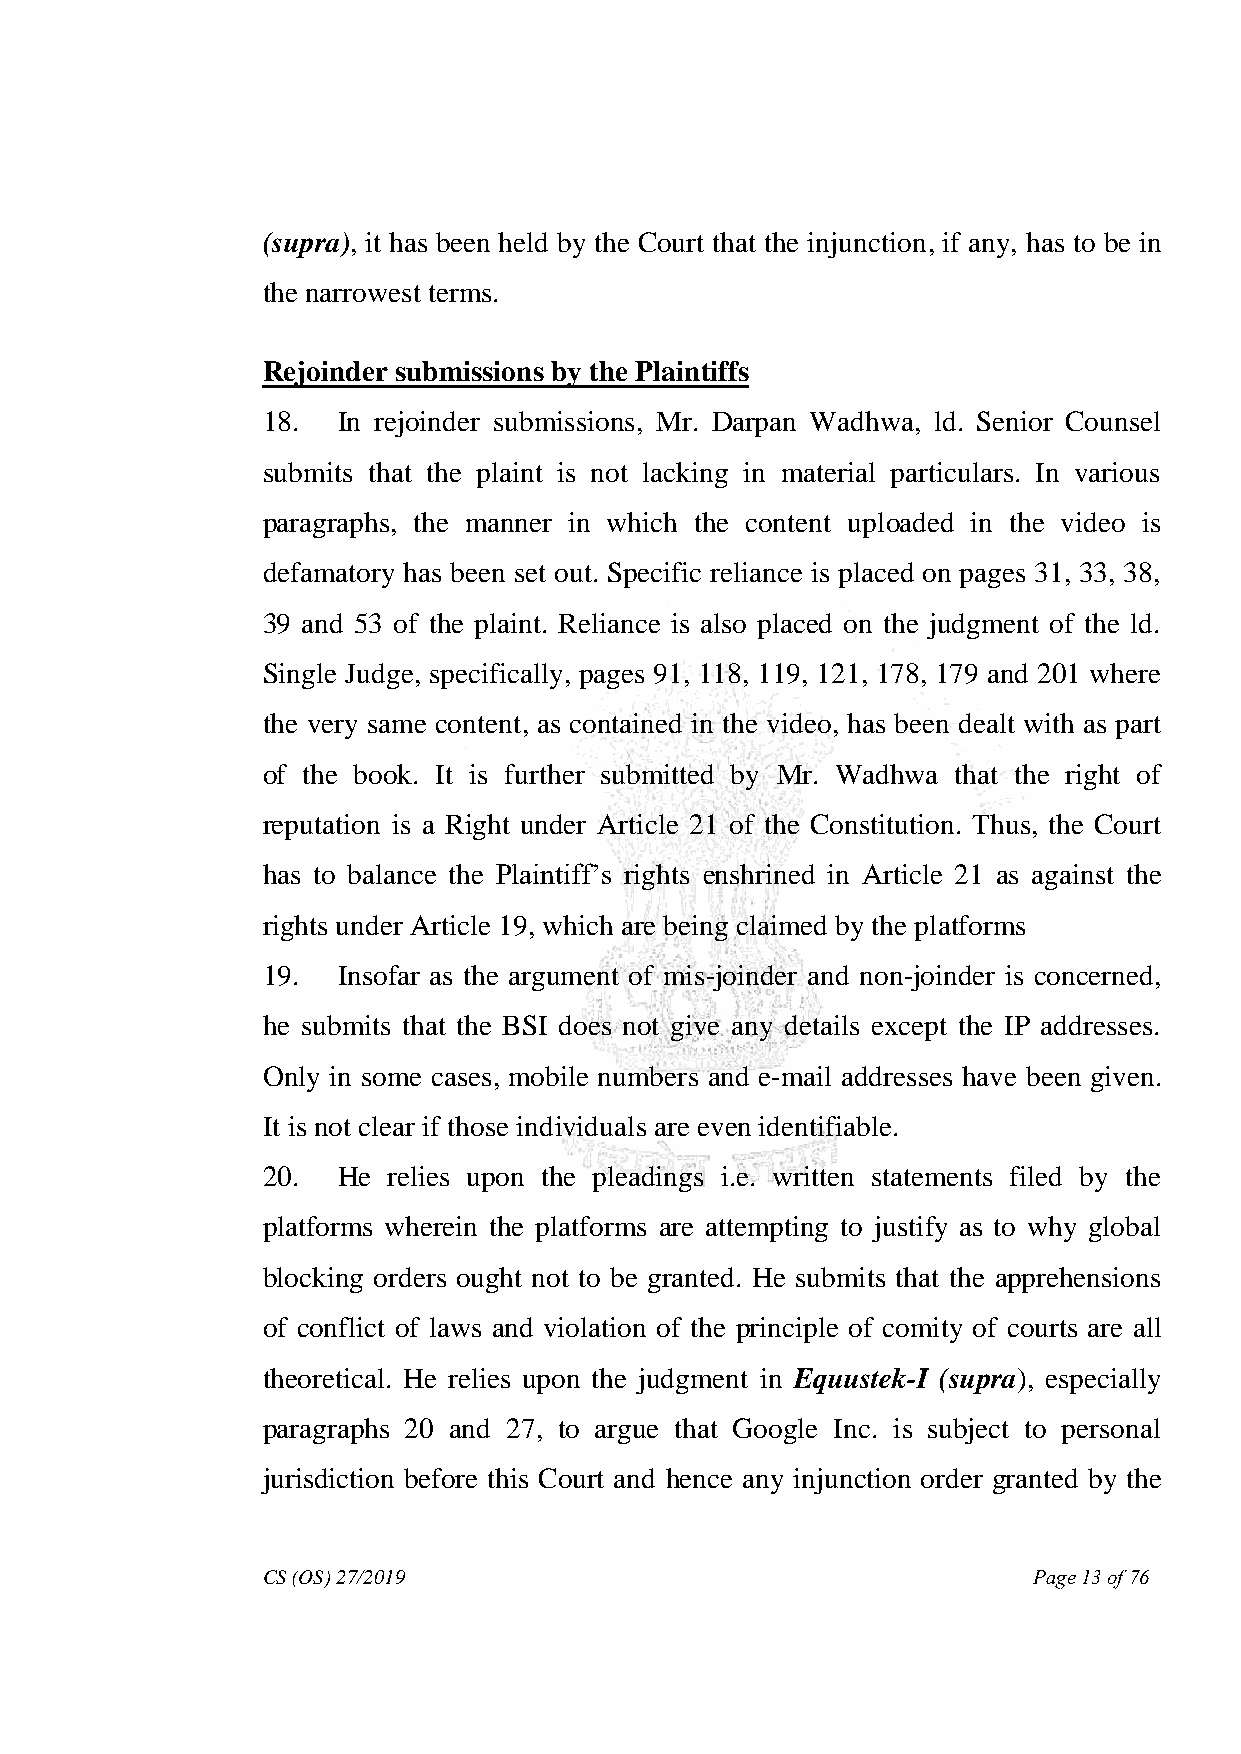
(supra), it has been held by the Court that the injunction, if any, has to be in
 the narrowest terms.
 Rejoinder submissions by the Plaintiffs
 18.  In rejoinder submissions, Mr. Darpan Wadhwa, ld. Senior Counsel
 submits that the plaint is not lacking in material particulars. In various
 paragraphs, the manner in which the content uploaded in the video is
 defamatory has been set out. Specific reliance is placed on pages 31, 33, 38,
 39 and 53 of the plaint. Reliance is also placed on the judgment of the ld.
 Single Judge, specifically, pages 91, 118, 119, 121, 178, 179 and 201 where
 the very same content, as contained in the video, has been dealt with as part
 of the book. It is further submitted by Mr. Wadhwa that the right of
 reputation is a Right under Article 21 of the Constitution. Thus, the Court
 has to balance the Plaintiff‟s rights enshrined in Article 21 as against the
 rights under Article 19, which are being claimed by the platforms
 19.  Insofar as the argument of mis-joinder and non-joinder is concerned,
 he submits that the BSI does not give any details except the IP addresses.
 Only in some cases, mobile numbers and e-mail addresses have been given.
 It is not clear if those individuals are even identifiable.
 20.  He  relies upon the pleadings i.e. written statements filed by the
 platforms wherein the platforms are attempting to justify as to why global
 blocking orders ought not to be granted. He submits that the apprehensions
 of conflict of laws and violation of the principle of comity of courts are all
 theoretical. He relies upon the judgment in Equustek-I (supra), especially
 paragraphs 20 and 27, to argue that Google Inc. is subject to personal
 jurisdiction before this Court and hence any injunction order granted by the
 CS (OS) 27/2019                                    Page 13 of 76